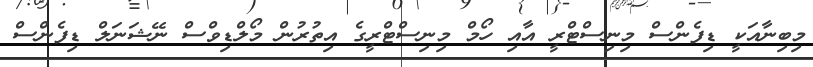
މިބިނާއަކީ ޑިފެންސް މިނިސްޓްރީ އާއި ހޯމް މިނިސްޓްރީގެ އިތުރުން މޯލްޑިވްސް ނޭޝަނަލް ޑިފެންސް